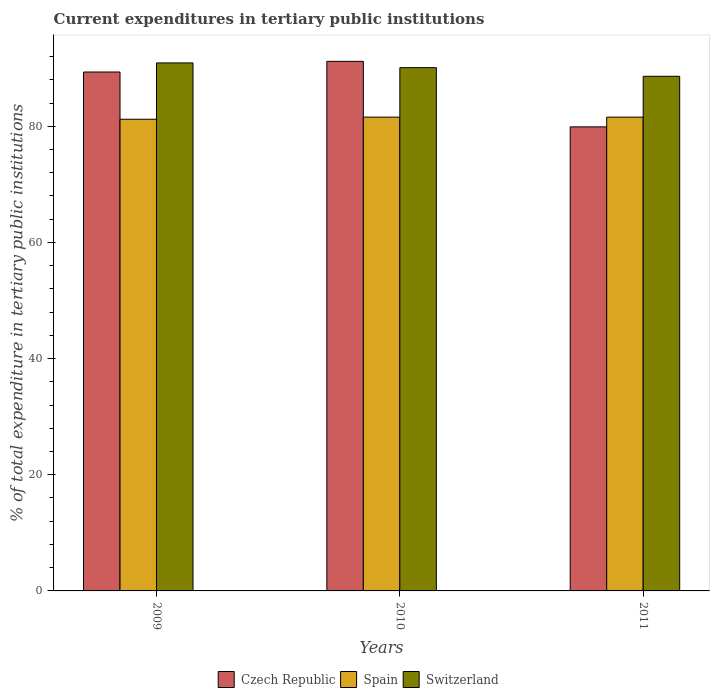
| Years | Czech Republic | Spain | Switzerland |
 | --- | --- | --- | --- |
 | 2009 | 89.3 | 81.2 | 90.9 |
 | 2010 | 91.2 | 81.6 | 90.1 |
 | 2011 | 79.9 | 81.6 | 88.6 |